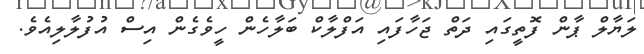
ލަޔާލް ޕާން ފޮތީގައި ދަތް ޖަހާފައި އަފްލާކް ބަލާހެން ހީވެގެން އިސް އުފުލާލިއެވެ.